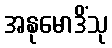
အနုမောဒိံသု